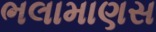
ભલામાણસ